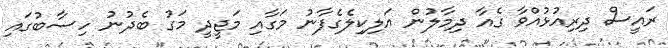
ރައީސް ދިރިއުޅުއްވާ ގެއާ ދިމާލުން އަލިކިލެގެފާނު މަގާއި މަޖީދީ މަގު ބެދުނު ހިސާބުގައި